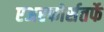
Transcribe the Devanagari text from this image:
एअरफोर्सतर्फे